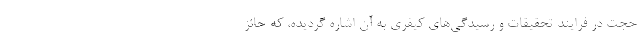
حجت در فرایند تحقیقات و رسیدگی‌های کیفری به آن اشاره گردیده، که حائز